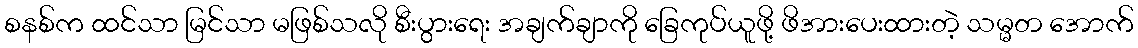
စနစ်က ထင်သာ မြင်သာ မဖြစ်သလို စီးပွားရေး အချက်ချာကို ခြေကုပ်ယူဖို့ ဖိအားပေးထားတဲ့ သမ္မတ အောက်